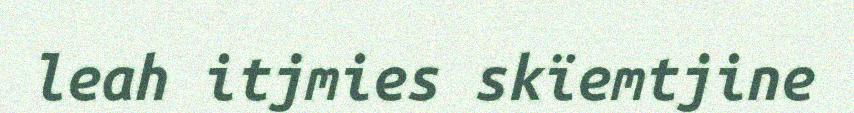
leah itjmies skïemtjine